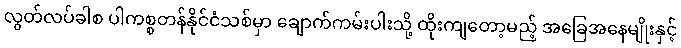
လွတ်လပ်ခါစ ပါကစ္စတန်နိုင်ငံသစ်မှာ ချောက်ကမ်းပါးသို့ ထိုးကျတော့မည့် အခြေအနေမျိုးနှင့်